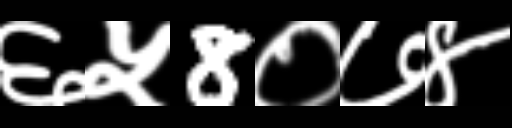
Text: ६५8०७४